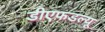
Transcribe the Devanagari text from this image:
डीएफडल्‍यू